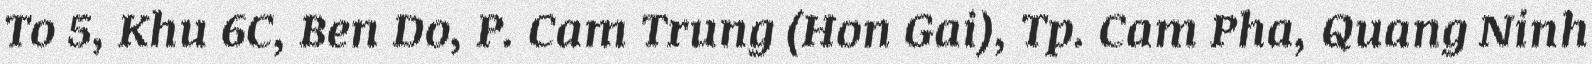
To 5, Khu 6C, Ben Do, P. Cam Trung (Hon Gai), Tp. Cam Pha, Quang Ninh